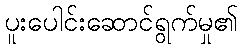
ပူးပေါင်းဆောင်ရွက်မှု၏